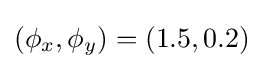
(\phi _{x},\phi _{y})=(1.5,0.2)